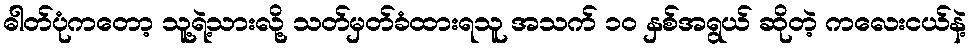
ဓါတ်ပုံကတော့ သူ့ရဲ့သားလို့ သတ်မှတ်ခံထားရသူ အသက် ၁၀ နှစ်အရွယ် ဆိုတဲ့ ကလေးငယ်နဲ့